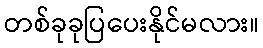
တစ်ခုခုပြပေးနိုင်မလား။